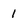
Character: 1